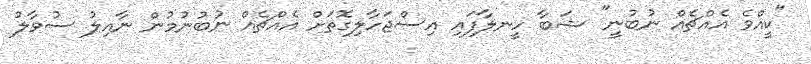
"ކީއްވެ އެއްޗެއް ނުބުނީ" ޝަބާ ހީނލާފައި އިސްޖަހާލިގޮތަށް އެއްޗެއް ނުބުނުމުން ނާއިލު ސުވާލު